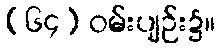
(၆၄) ဝမ်းပျဉ်း၌။